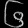
Digit: ၆